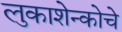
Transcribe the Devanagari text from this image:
लुकाशेन्कोचे